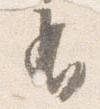
有